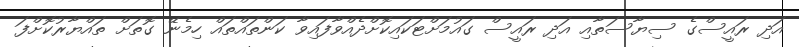
އަދި ރައީސްގެ ސިޔާސަތާއި އަދި ރައީސް ގައުމަށްޓަކައިކޮށްދެއްވާފައިވާ ކަންތައްތައް ހިމެނޭ ގޮތަށް ތައްޔާރުކޮށްފަ